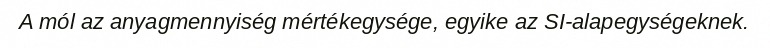
A mól az anyagmennyiség mértékegysége, egyike az SI-alapegységeknek.